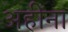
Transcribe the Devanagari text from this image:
अहींना